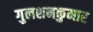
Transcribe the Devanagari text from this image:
गुलशनकुमार